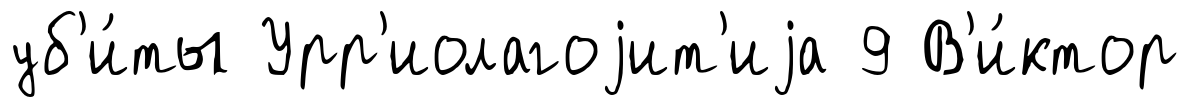
уб'и́ты Урр'иолагоjит'иjа 9 В'и́ктор